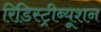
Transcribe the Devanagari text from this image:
रिडिस्ट्रीब्यूशन